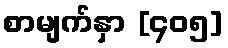
စာမျက်နှာ [၄၀၅]